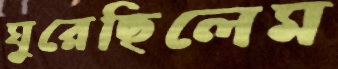
ঘুরেছিলেম